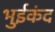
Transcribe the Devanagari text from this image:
भुईकंद